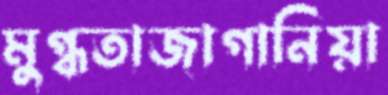
মুগ্ধতাজাগানিয়া